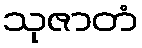
သုဇာတံ